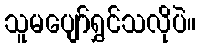
သူမပျော်ရွှင်သလိုပဲ။